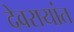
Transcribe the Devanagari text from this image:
देवरायांत